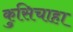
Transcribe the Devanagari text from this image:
कुसिचाहा